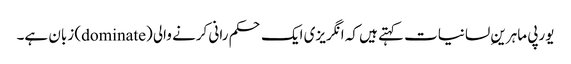
یورپی ماہرینِ لسانیات کہتے ہیں کہ انگریزی ایک حکم رانی کرنے والی (dominate) زبان ہے۔